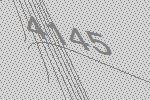
4145